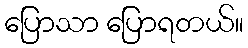
ပြောသာ ပြောရတယ်။